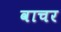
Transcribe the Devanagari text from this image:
वाचर